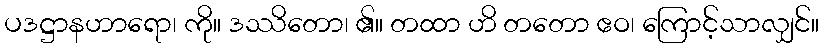
ပဒဋ္ဌာနဟာရော၊ ကို။ ဒဿိတော၊ ၏။ တထာ ဟိ တတော ဧဝ၊ ကြောင့်သာလျှင်။